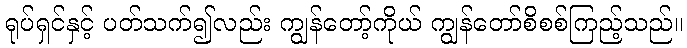
ရုပ်ရှင်နှင့် ပတ်သက်၍လည်း ကျွန်တော့်ကိုယ် ကျွန်တော်စိစစ်ကြည့်သည်။